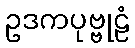
ဥဒကပုဗ္ဗုဠံ